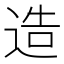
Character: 造